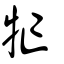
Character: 牤